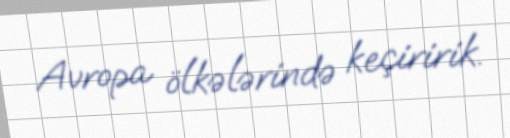
Avropa ölkələrində keçiririk.